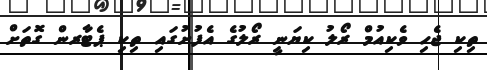
ތިކި ޖެހި ވެކިއުމް ރޯލު ކިޔަނީ ރޯލުގެ އެފުށުގައި ތިކި ޕެޓާރން ގޮތަށް